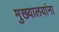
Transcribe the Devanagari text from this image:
मुख्यालयांना